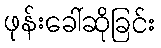
ဖုန်းခေါ်ဆိုခြင်း